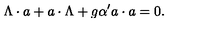
\Lambda \cdot a + a \cdot \Lambda + g { \alpha ^ { \prime } } a \cdot a = 0 .